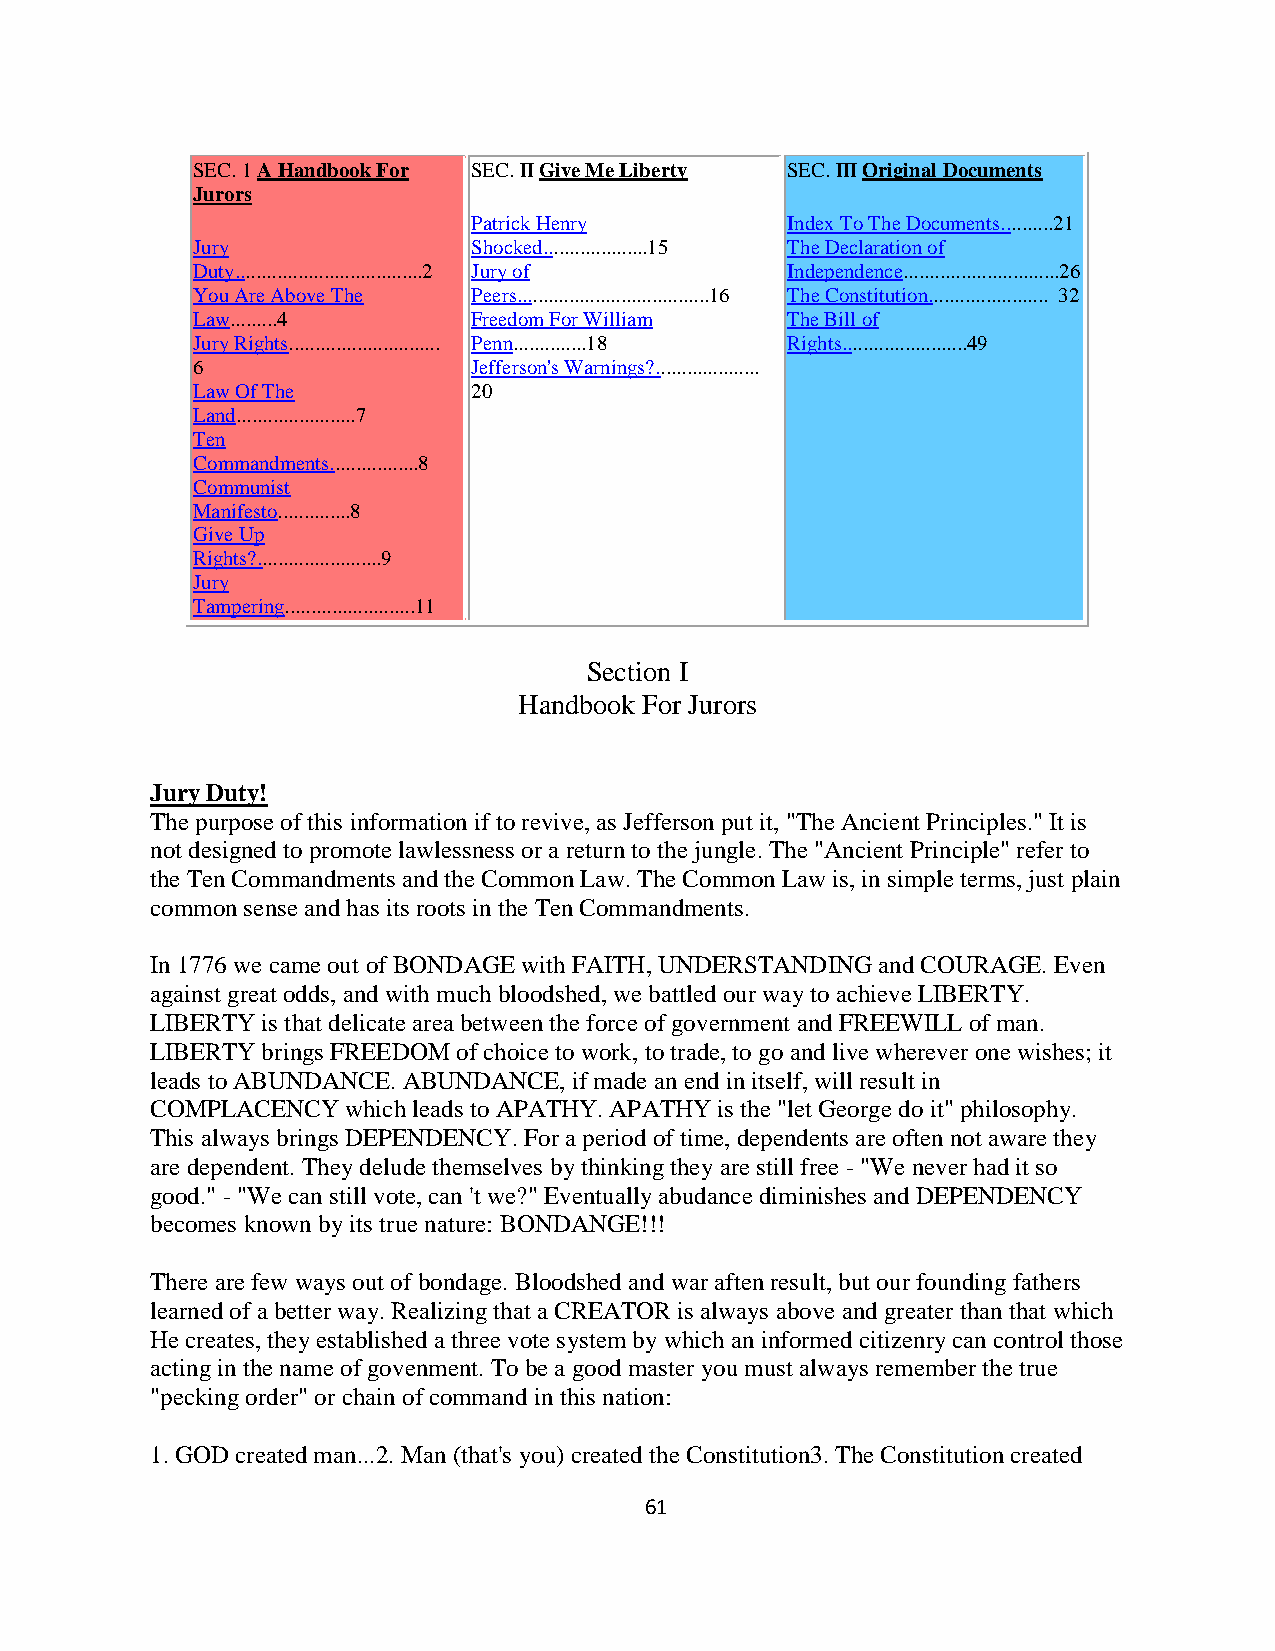
SEC. 1 A Handbook For SEC. II Give Me Liberty SEC. III Original Documents
 Jurors
 Patrick Henry        Index To The Documents..........21
 Jury              Shocked....................15 The Declaration of
 Duty....................................2 Jury of Independence..............................26
 You Are Above The Peers.....................................16 The Constitution....................... 32
 Law.........4     Freedom For William  The Bill of
 Jury Rights............................. Penn..............18 Rights........................49
 6                 Jefferson's Warnings?....................
 Law Of The        20
 Land.......................7
 Ten
 Commandments.................8
 Communist
 Manifesto..............8
 Give Up
 Rights?........................9
 Jury
 Tampering.........................11
 Section I
 Handbook For Jurors
 Jury Duty!
 The purpose of this information if to revive, as Jefferson put it, "The Ancient Principles." It is
 not designed to promote lawlessness or a return to the jungle. The "Ancient Principle" refer to
 the Ten Commandments and the Common Law. The Common Law is, in simple terms, just plain
 common sense and has its roots in the Ten Commandments.
 In 1776 we came out of BONDAGE with FAITH, UNDERSTANDING and COURAGE. Even
 against great odds, and with much bloodshed, we battled our way to achieve LIBERTY.
 LIBERTY is that delicate area between the force of government and FREEWILL of man.
 LIBERTY brings FREEDOM of choice to work, to trade, to go and live wherever one wishes; it
 leads to ABUNDANCE. ABUNDANCE, if made an end in itself, will result in
 COMPLACENCY  which leads to APATHY. APATHY is the "let George do it" philosophy.
 This always brings DEPENDENCY. For a period of time, dependents are often not aware they
 are dependent. They delude themselves by thinking they are still free - "We never had it so
 good." - "We can still vote, can 't we?" Eventually abudance diminishes and DEPENDENCY
 becomes known by its true nature: BONDANGE!!!
 There are few ways out of bondage. Bloodshed and war aften result, but our founding fathers
 learned of a better way. Realizing that a CREATOR is always above and greater than that which
 He creates, they established a three vote system by which an informed citizenry can control those
 acting in the name of govenment. To be a good master you must always remember the true
 "pecking order" or chain of command in this nation:
 1. GOD created man...2. Man (that's you) created the Constitution3. The Constitution created
 61